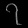
Digit: ၇